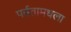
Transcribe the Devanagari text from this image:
पर्वतामधला